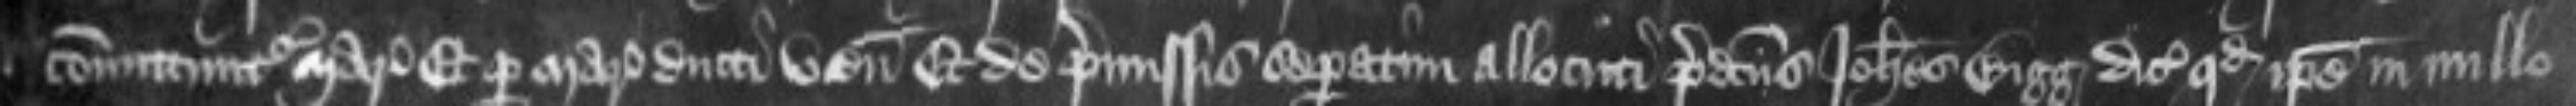
committuntur Marescallo et per Marescallum ducti veniunt Et de premissis separatim allocuti predictus Johannes Bigg dicit quod ipse in nullo